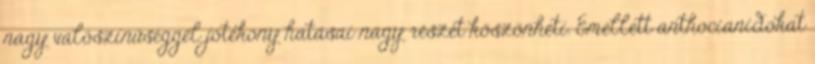
nagy valószínűséggel jótékony hatásai nagy részét köszönheti. Emellett anthocianidokat